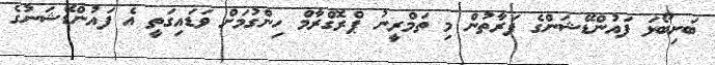
ބަށިބޯޅަ ފައުންޑޭޝަންގެ ފަރާތުން މި ތަމްރީނު ޕްރޮގްރާމް ހިންގުމަށް ވަޑައިގަތީ އެ ފައުންޑޭޝަނުގެ